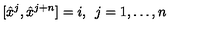
[ \hat { x } ^ { j } , \hat { x } ^ { j + n } ] = i , \enspace j = 1 , \dots , n